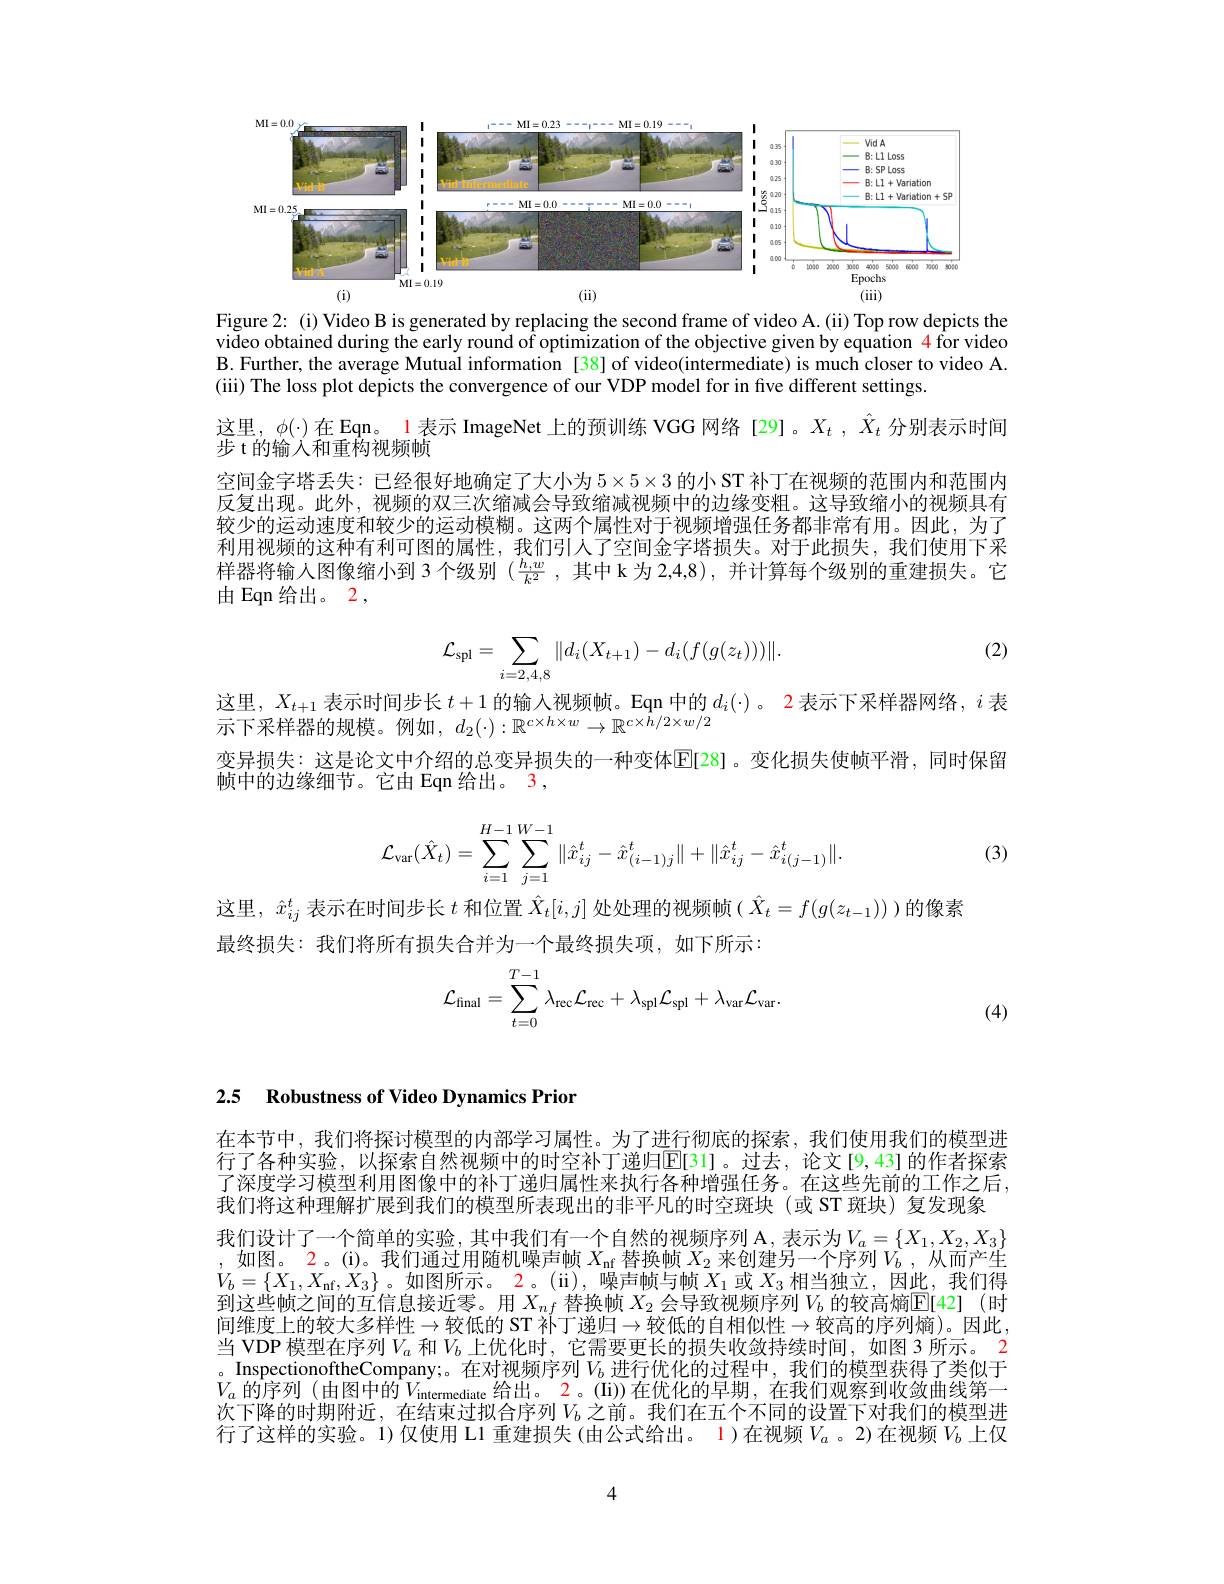
<FigureHere>

depicts the
${\mathrm{Figure~2:}}$
video obtained during the early round of optimization of the objective given by equation $\color{red}{4}$ for video B. Further, the average Mutual information [38] of video(intermediate) is much closer to video A. (iii) The loss plot depicts the convergence of our VDP model for in five different settings.

这里，$\phi(\cdot)$在 Eqn。1 表示 ImageNet 上的预训练 VGG 网络 [29]。$X_t,\ddot{X}_t$分别表示时间
步 t 的输入和重构视频帧
空间金字塔丢失：已经很好地确定了大小为5$\times5\times3$的小 ST 补丁在视频的范围内和范围内反复出现。此外，视频的双三次缩减会导致缩减视频中的边缘变粗。这导致缩小的视频具有较少的运动速度和较少的运动模糊。这两个属性对于视频增强任务都非常有用。因此，为了利用视频的这种有利可图的属性，我们引人了空间金字塔损失。对于此损失，我们使用下采样器将输入图像缩小到3个级别$( \frac {h, w}{k^2}$ ,其中 k 为 2,4,8), 并计算每个级别的重建损失。它由 Eqn 给出。2 ,

(2)
$$\mathcal{L}_{\mathrm{spl}}=\sum\limits_{i=2,4,8}\|d_i(X_{t+1})-d_i(f(g(z_t)))\|.$$
这里，$X_t+1$表示时间步长 $t+1$ 的输入视频帧。Eqn 中的$d_i(\cdot)$。2 表示下采样器网络，$i$ 表
示下采样器的规模。例如$,d_2(\cdot):\mathbb{R}^{c\times h\times w}\to\mathbb{R}^{c\times h/2\times w/2}$
变异损失：这是论文中介绍的总变异损失的一种变体$\overline{\mathbb{E}}$[28]。变化损失使帧平滑，同时保留
帧中的边缘细节。它由 Eqn 给出。3,
$$\mathcal{L}_{\mathrm{var}}(\hat{X}_t)=\sum_{i=1}^{H-1}\sum_{j=1}^{W-1}\|\hat{x}_{ij}^t-\hat{x}_{(i-1)j}^t\|+\|\hat{x}_{ij}^t-\hat{x}_{i(j-1)}^t\|.$$
(3)

这里，$\hat{x}_ij^t$表示在时间步长$t$和位置$\hat{X}_t[i,j]$处处理的视频帧($\hat{X}_t=f(g(z_{t-1}))$)的像素
最终损失：我们将所有损失合并为一个最终损失项，如下所示：
$$\mathcal{L}_{\mathrm{final}}=\sum_{t=0}^{T-1}\lambda_{\mathrm{rec}}\mathcal{L}_{\mathrm{rec}}+\lambda_{\mathrm{spl}}\mathcal{L}_{\mathrm{spl}}+\lambda_{\mathrm{var}}\mathcal{L}_{\mathrm{var}}.$$
(4)

2.5 Robustness of Video Dynamics Prior

在本节中，我们将探讨模型的内部学习属性。为了进行彻底的探索，我们使用我们的模型进行了各种实验，以探索自然视频中的时空补丁递归$\overline{\mathbb{E}}$[31]。过去，论文[9,43]的作者探索了深度学习模型利用图像中的补丁递归属性来执行各种增强任务。在这些先前的工作之后， 我们将这种理解扩展到我们的模型所表现出的非平凡的时空斑块(或 ST 斑块)复发现象
我们设计了一个简单的实验，其中我们有一个自然的视频序列 A, 表示为$V_a=\{X_1,X_2,X_3\}$ ,如图。2。(i)。我们通过用随机噪声帧$X_\mathrm{nf}$替换帧$X_2$来创建另一个序列$V_b$,从而产生$V_b=\{X_1,X_{\mathrm{nf}},X_3\}$。如图所示。2。(ii),噪声帧与帧$X_1$或$X_3$相当独立，因此，我们得到这些帧之间的互信息接近零。用$X_{nf}$替换帧$X_2$会导致视频序列$V_b$的较高熵$\mathbb{E}[42]$ (时间维度上的较大多样性$\to$较低的 ST 补丁递归$\to$较低的自相似性$\to$较高的序列熵)。因此， 当 VDP 模型在序列$V_a$ 和$V_b$ 上优化时，它需要更长的损失收敛持续时间，如图 3 所示。2 。InspectionoftheCompany;。在对视频序列$V_b$ 进行优化的过程中，我们的模型获得了类似于$V_{a}$ 的序列 (由图中的$V_\text{intermediate}$给 出 。2。( Ii) ) 在 优 化 的 早 期 , 在 我 们 观 察 到 收 敛 曲 线 第 一 次下降的时期附近，在结束过拟合序列$V_b$之前。我们在五个不同的设置下对我们的模型进行了这样的实验。1)仅使用 L1 重建损失 (由公式给出。1)在视频$V_a$ 。2)在视频$V_b$ 上仅

4